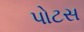
પોટસ